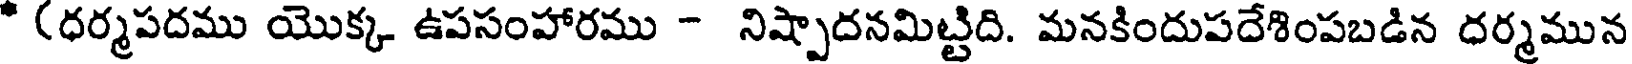
" (ధర్మపదము యొక్క ఉపసంహారము - నిష్పాదనమిట్టిది. మనకిందుపదేశింపబడిన ధర్మమున